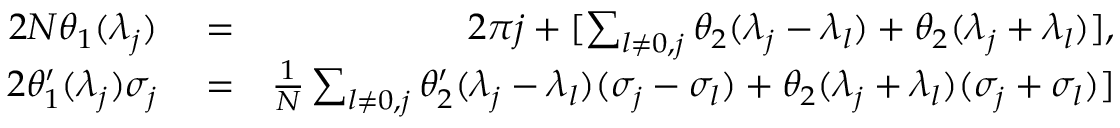
\begin{array} { r l r } { 2 N \theta _ { 1 } ( \lambda _ { j } ) } & { { } = } & { 2 \pi j + [ \sum _ { l \neq 0 , j } \theta _ { 2 } ( \lambda _ { j } - \lambda _ { l } ) + \theta _ { 2 } ( \lambda _ { j } + \lambda _ { l } ) ] , } \\ { 2 \theta _ { 1 } ^ { \prime } ( \lambda _ { j } ) \sigma _ { j } } & { { } = } & { \frac { 1 } { N } \sum _ { l \neq 0 , j } \theta _ { 2 } ^ { \prime } ( \lambda _ { j } - \lambda _ { l } ) ( \sigma _ { j } - \sigma _ { l } ) + \theta _ { 2 } ( \lambda _ { j } + \lambda _ { l } ) ( \sigma _ { j } + \sigma _ { l } ) ] } \end{array}